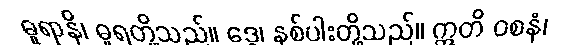
ဓူရာနိ၊ ဓူရတို့သည်။ ဒွေ၊ နှစ်ပါးတို့သည်။ ဣတိ ဝစနံ၊